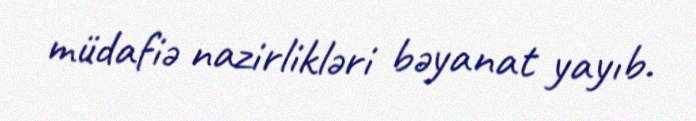
müdafiə nazirlikləri bəyanat yayıb.